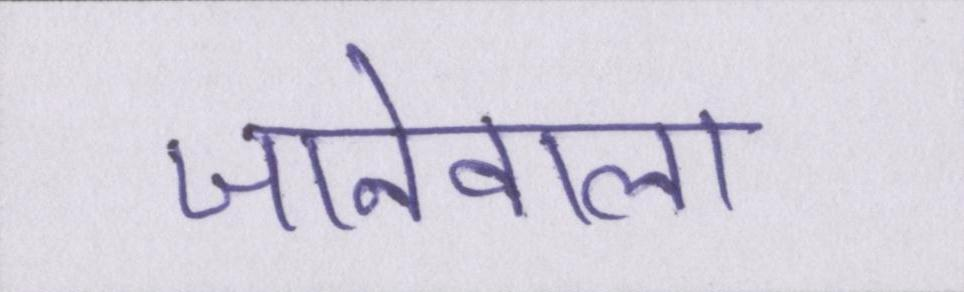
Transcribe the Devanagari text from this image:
जानेवाला